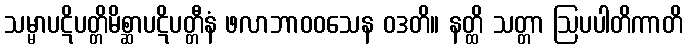
သမ္မာပဋိပတ္တိမိစ္ဆာပဋိပတ္တီနံ ဖလာဘာဝဝသေန ဝဒတိ။ နတ္ထိ သတ္တာ ဩပပါတိကာတိ